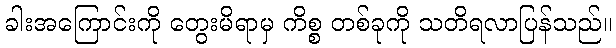
ခါးအကြောင်းကို တွေးမိရာမှ ကိစ္စ တစ်ခုကို သတိရလာပြန်သည်။